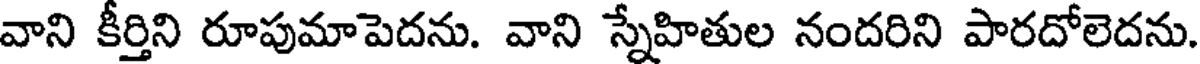
వాని కీర్తిని రూపుమాపెదను. వాని స్నేహితుల నందరిని పారదోలెదను.